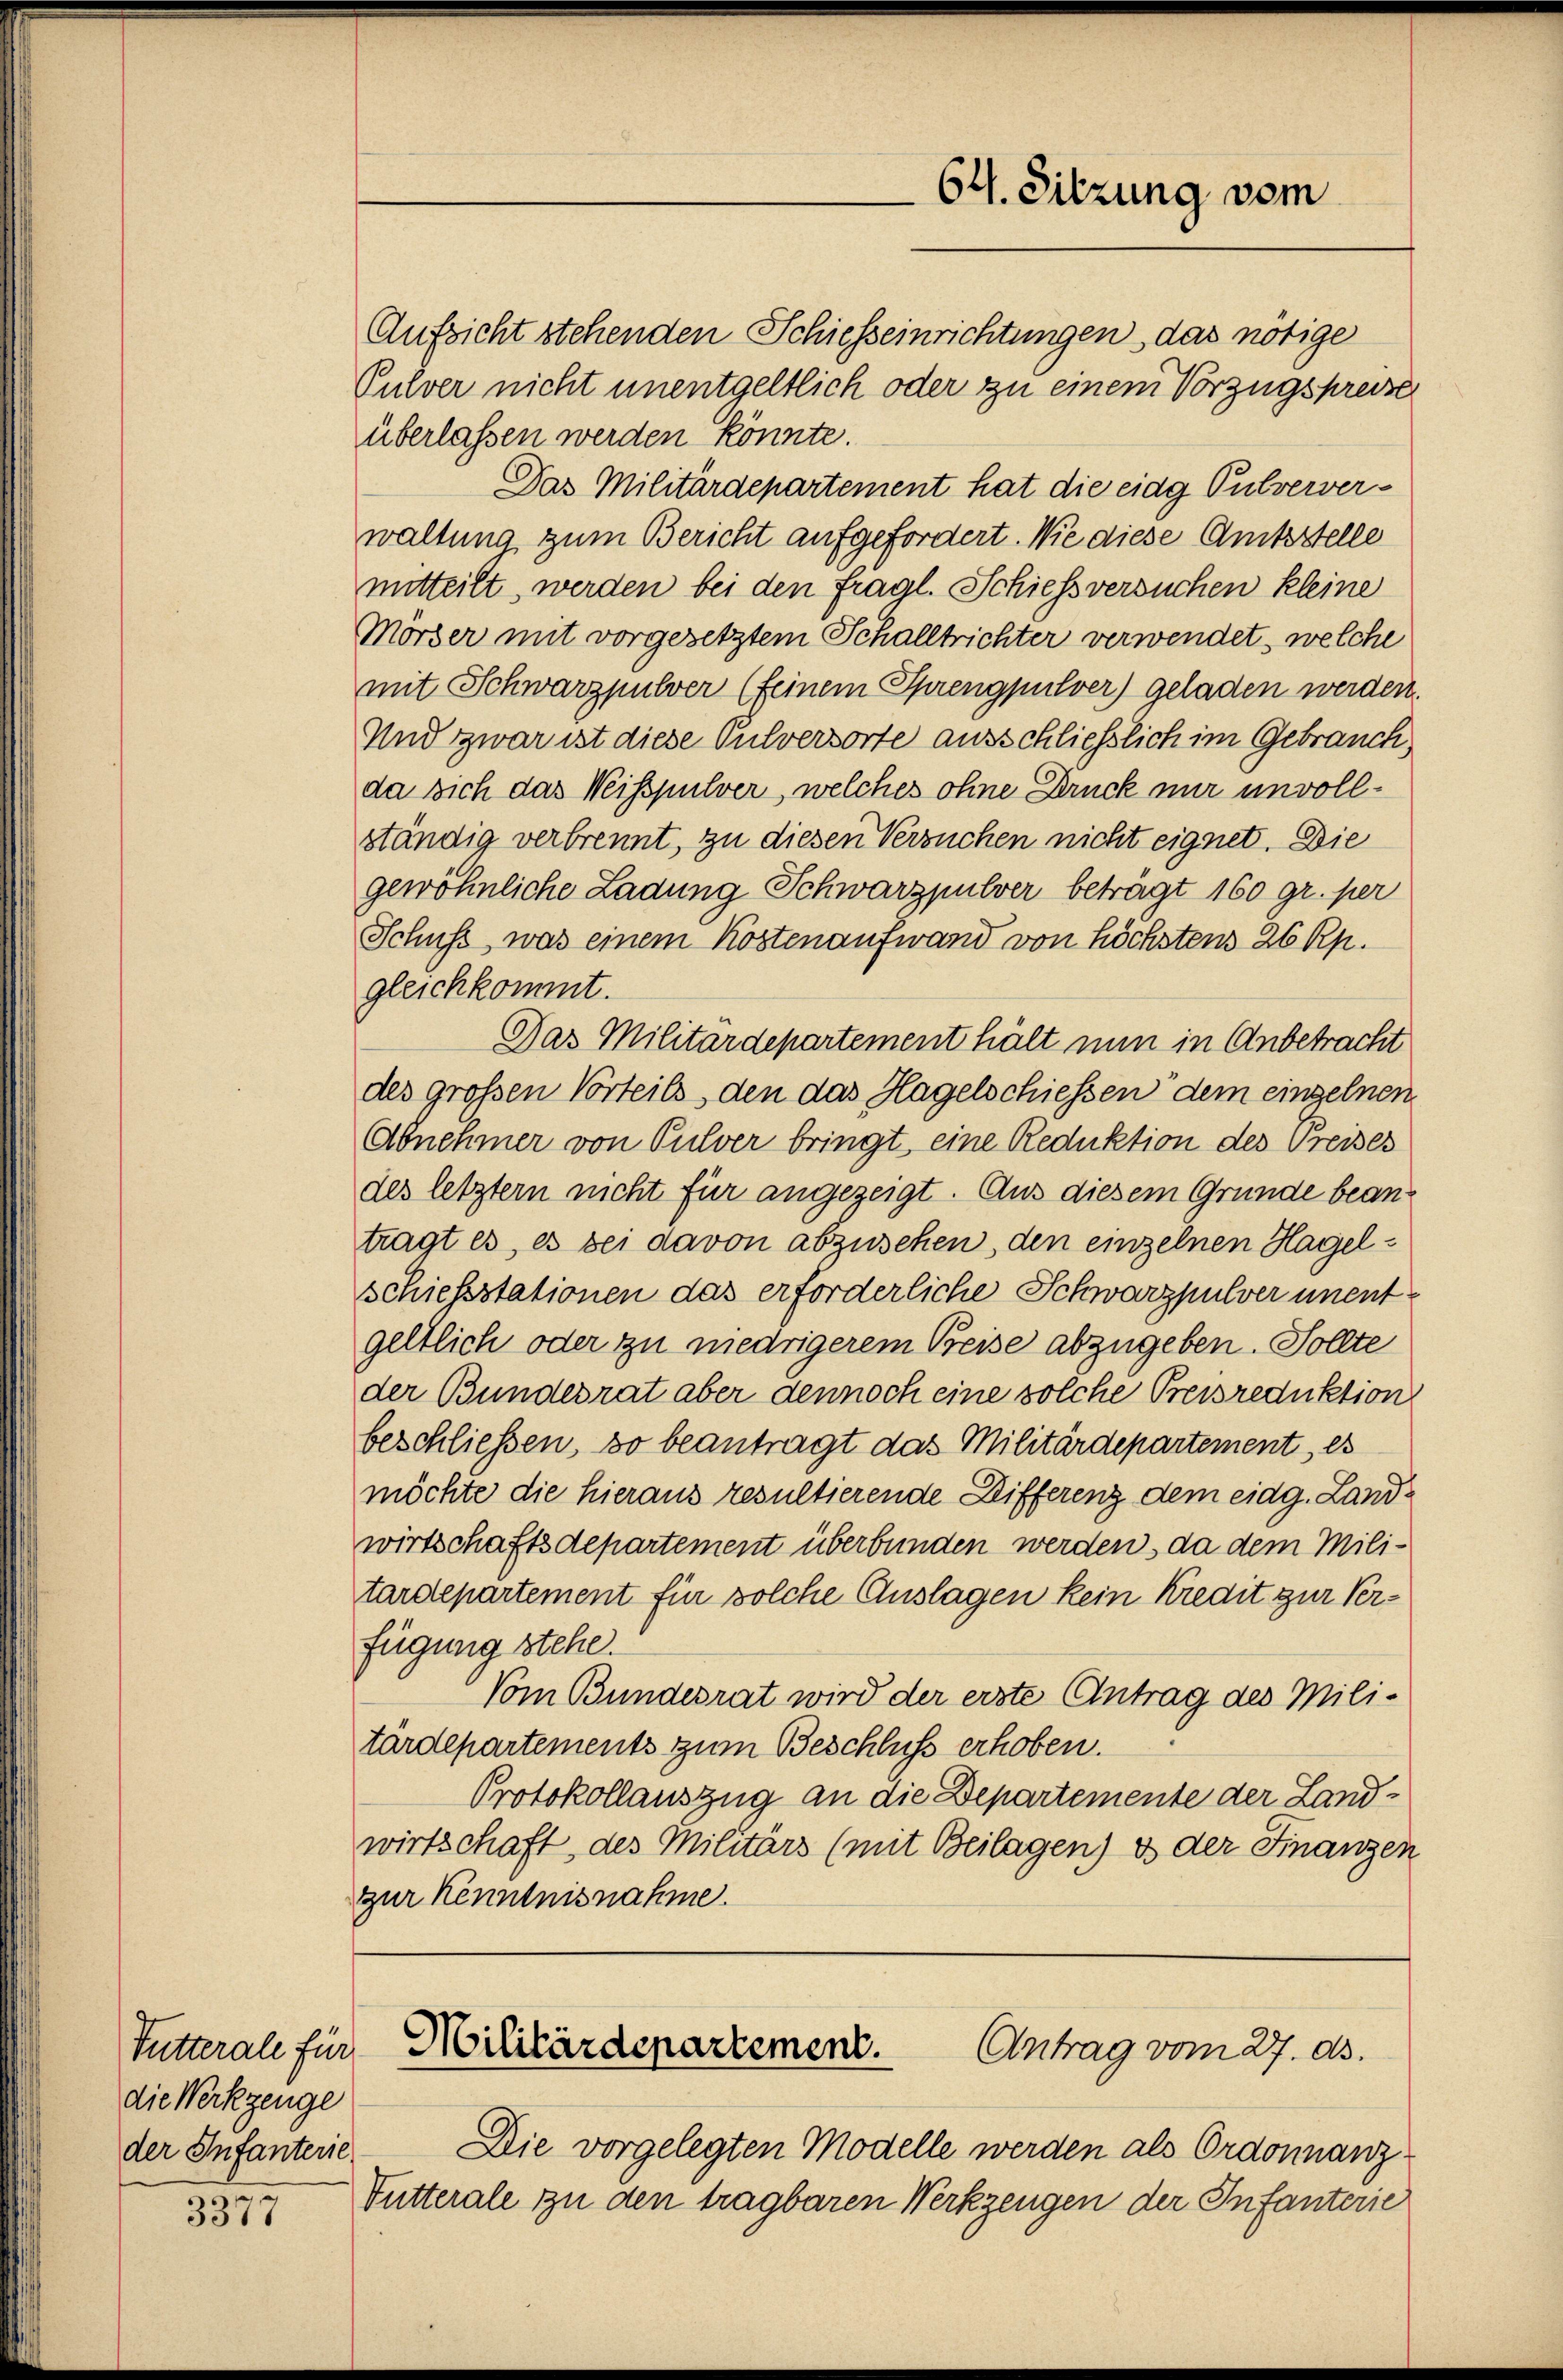
Futterale für
die Werkzeuge
der Infanterie

3377

Aufsicht stehenden Schiesseinrichtungen, das nötige
Pulver nicht unentgeltlich oder zu einem Vorzugspreise
überlassen werden könnte.
Das Militärdepartement hat die eidg Pulververwaltung zum Bericht aufgefordert. Wie diese Amtsstelle
mitteilt, werden bei den fragl. Schiessversuchen kleine
Mörder mit vorgesetztem Schalltrichter verwendet, welche
mit Schwarzpulver (feinem Sprengpulver) geladen werden.
Und zwar ist diese Pulversorte ausschließlich im Gebrauch
da sich das Weisspulver, welches ohne Druck nur unvollständig verbrennt, zu diesen Versuchen nicht eignet. Die
gewöhnliche Ladung Schwarzpulver beträgt 160 gr. per
Schuss, was einem Kostenaufwand von höchstens 26 Rp.
gleichkommt.
Das Militärdepartement hält nun in Anbetracht
des grossen Vorteils, den das Hagelschiessen dem einzelnen
Abnehmer von Pulver bringt, eine Reduktion des Preises
des letztern nicht für angezeigt. Aus diesem Grunde beantragt es, es bei davon abzusehen, den einzelnen Hagelschiefestationen das erforderliche Schwarzpulver unentgeltlich oder zu niedrigerem Beise abzugeben. Sollte
der Bundesrat aber dennoch eine solche Preisreduktion
beschließen, so beantragt das Militärdepartement, es
möchte die hieraus resultierende Differenz dem eidg. Landwirtschaftsdepartement überbunden werden, da dem Militardepartement für solche Auslagen kein Kredit zur Verfügung stehe.
Vom Bundesrat wird der erste Antrag des Militärdepartements zum Beschluss erhoben.
Protokollauszug an die Departemente der Landwirtschaft, des Militärs (mit Beilagen) es der Finanzen
zur Kenntnisnahme.

64. Sitzung vom

Militärdepartement.
Antrag vom 27. ds.

Die vorgelegten Modelle werden als Ordonnanz
Futterale zu den tragbaren Werkzeugen der Infanterie